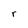
Character: r